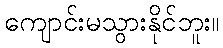
ကျောင်းမသွားနိုင်ဘူး။